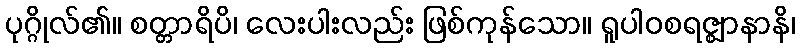
ပုဂ္ဂိုလ်၏။ စတ္တာရိပိ၊ လေးပါးလည်း ဖြစ်ကုန်သော။ ရူပါဝစရဇ္ဈာနာနိ၊